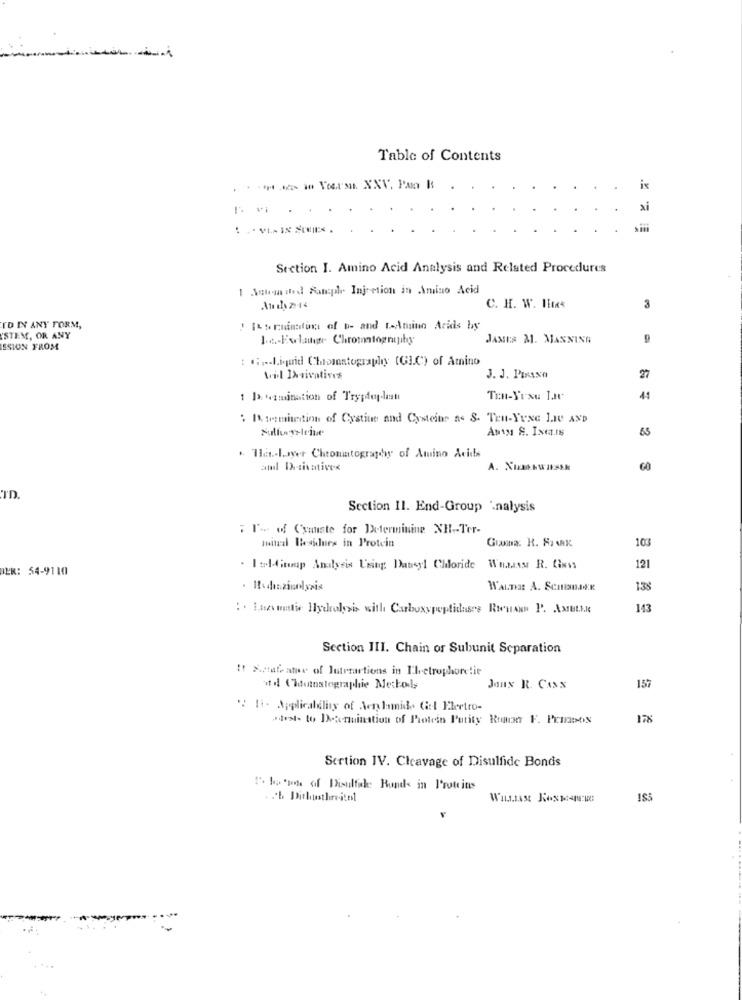
Table of Contents
is
xi
Section I. Amino Acid Analysis and Related Procedures
1 Schmied Aateple Injection in Amino Acid
C. H. W. HEte
3
ID IN ANY FORM,
! Its raining of b- and t-Amino Acids by
YSTEM, OR ANY
1.6-Fwlater Chromatography
JAMES M. MANNING
ESION FROM
.„liquid Chomantography (GIC) of Amino
til Isivatives
J. J. ParaNA
27
: 1x amination of Trygdey.lasst
41
: I termination of Cystine and Cysteine as S. Ten-YUxe Lle AND
65
. H .- Layer Chomutogradwy of Amino Acids
amd Isivatives
TD.
Section II. End-Group '.nalysis
: I'- of Canste for Determining XH -- Ter-
103
mitral Residues in Protein
BEN: 54-9110
. Il-fitop Analysis Leing Dateyl Chloride Wuaass R. Cimss
121
WALTHE A. SCHINDER
138
:. Itemetti Hydrolysis with Carboxypeptiduses RieuAND P. AMULLE
143
Section III. Chain or Subunit Separation
It Xale ate of Jutreactions in Thetrophoretic
157
Joux R. Cosx
" li- Applicability of Aenlamide Gel Electro-
Jest to Domination of Protein Purity Ruaon F. Perros
178
Sertion IV. Cleavage of Disulfide Bonds
I. la of Disulfide Rund in Proteins